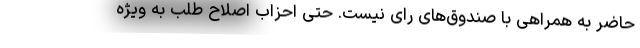
حاضر به همراهی با صندوق‌های رای نیست. حتی احزاب اصلاح طلب به ویژه